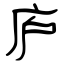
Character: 庐